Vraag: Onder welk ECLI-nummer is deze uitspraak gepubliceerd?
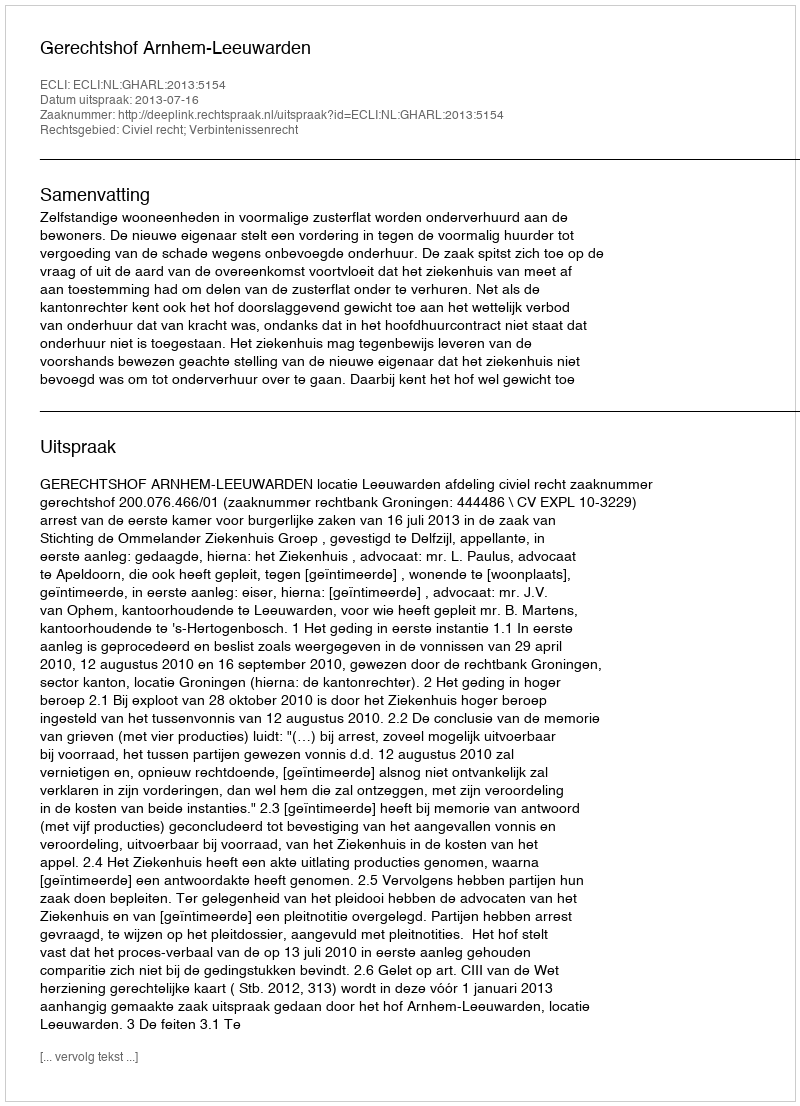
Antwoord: ECLI:NL:GHARL:2013:5154